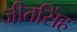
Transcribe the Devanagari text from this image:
जीतसिंह